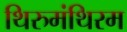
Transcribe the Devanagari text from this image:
थिरुमंथिरम